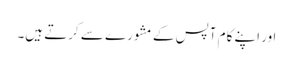
اور اپنے کام آپس کے مشورے سے کرتے ہیں۔